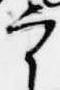
宰